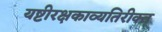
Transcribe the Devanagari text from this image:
यष्टीरक्षकाव्यतिरीक्त